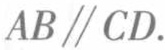
$AB \parallel CD.$